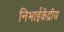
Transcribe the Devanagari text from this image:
निभाईकेंद्रीय